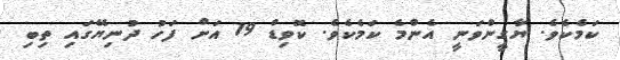
ކަމެކެވެ. ޔާގީންވަނީ އެންމެ ކަމެކެވެ. ކޮވިޑް 19 އަށް ފަހު ދުނިޔޭގައި ތިބި